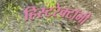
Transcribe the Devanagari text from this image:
हिस्टरेक्टॉमी